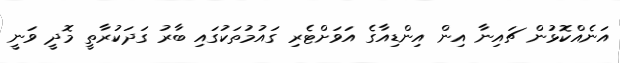
އަނެއްކޮޅުން ޗައިނާ އިން އިންޑިއާގެ އަވަށްޓެރި ގައުމުތަކުގައި ބާރު ގަދަކުރާތީ މޮދީ ވަނީ